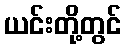
ယင်းတို့တွင်